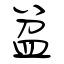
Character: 盆